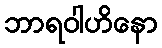
ဘာရဝါဟိနော